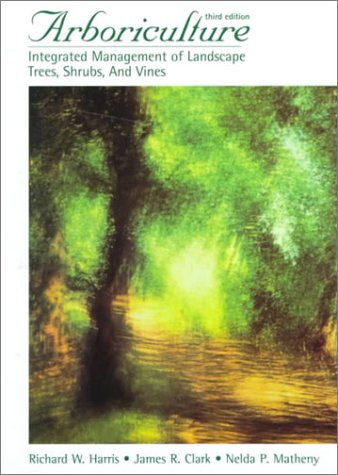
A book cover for Arboriculture: Integrated Management of Landscape Trees, Shrubs, and Vines (3rd Edition); Richard W. Harris; Crafts, Hobbies & Home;